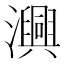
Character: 𭳢